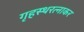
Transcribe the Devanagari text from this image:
गृहस्थरत्नाकर